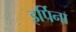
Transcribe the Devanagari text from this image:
इर्पिना